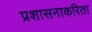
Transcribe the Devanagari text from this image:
प्रशासनाकरिता